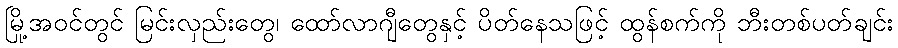
မြို့အဝင်တွင် မြင်းလှည်းတွေ၊ ထော်လာဂျီတွေနှင့် ပိတ်နေသဖြင့် ထွန်စက်ကို ဘီးတစ်ပတ်ချင်း